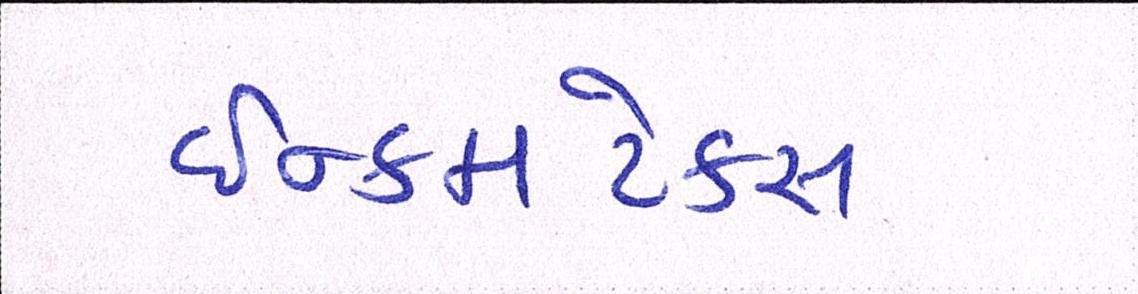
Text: ઈન્કમટેક્સ